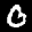
Label: 0